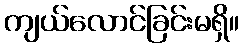
ကျယ်လောင်ခြင်းမရှိ။